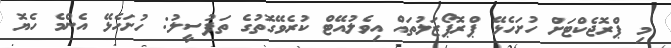
މި ޕްރޮޖެކްޓަށް ހުށަހެޅޭ ޕްރޮޕޯޒަލުތައް އިވެލުއޭޓް ކުރެވޭގޮތުގެ ތަފުސީލު: ހުށަހެޅޭ އެންމެ ހެޔޮ